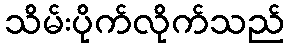
သိမ်းပိုက်လိုက်သည်